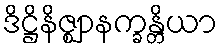
ဒိဋ္ဌိနိဇ္ဈာနက္ခန္တိယာ